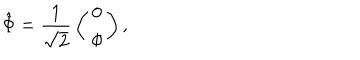
LaTeX: \hat { \Phi } = { \frac { 1 } { \sqrt { 2 } } } \left( \begin{matrix} { { 0 } } \\ { { \phi } } \\ \end{matrix} \right) ,